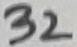
Text: 32